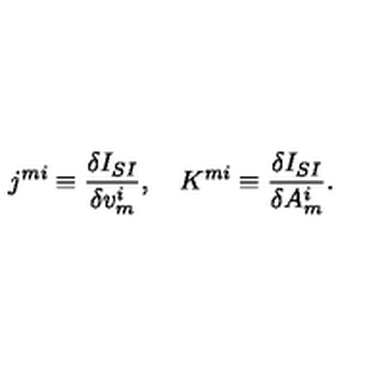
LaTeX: j ^ { m i } \equiv \frac { \delta I _ { S I } } { \delta v _ { m } ^ { i } } , \quad K ^ { m i } \equiv \frac { \delta I _ { S I } } { \delta A _ { m } ^ { i } } .